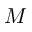
M